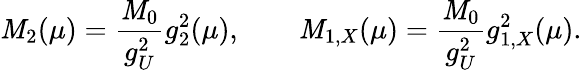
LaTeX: \mathit{M}_{2}(\mu)={\frac{{\mathit{M}_{0}}}{{g_{U}^{2}}}}g_{2}^{2}(\mu),\qquad\mathit{M}_{1,X}(\mu)={\frac{{\mathit{M}_{0}}}{{g_{U}^{2}}}}g_{1,X}^{2}(\mu).